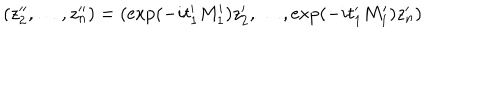
LaTeX: ( z _ { 2 } ^ { \prime \prime } , \ldots , z _ { n } ^ { \prime \prime } ) = ( \exp ( - i t _ { 1 } ^ { \prime } M _ { 1 } ^ { \prime } ) z _ { 2 } ^ { \prime } , \ldots , \exp ( - i t _ { 1 } ^ { \prime } M _ { 1 } ^ { \prime } ) z _ { n } ^ { \prime } )